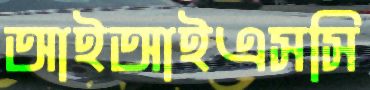
আইআইএসসি